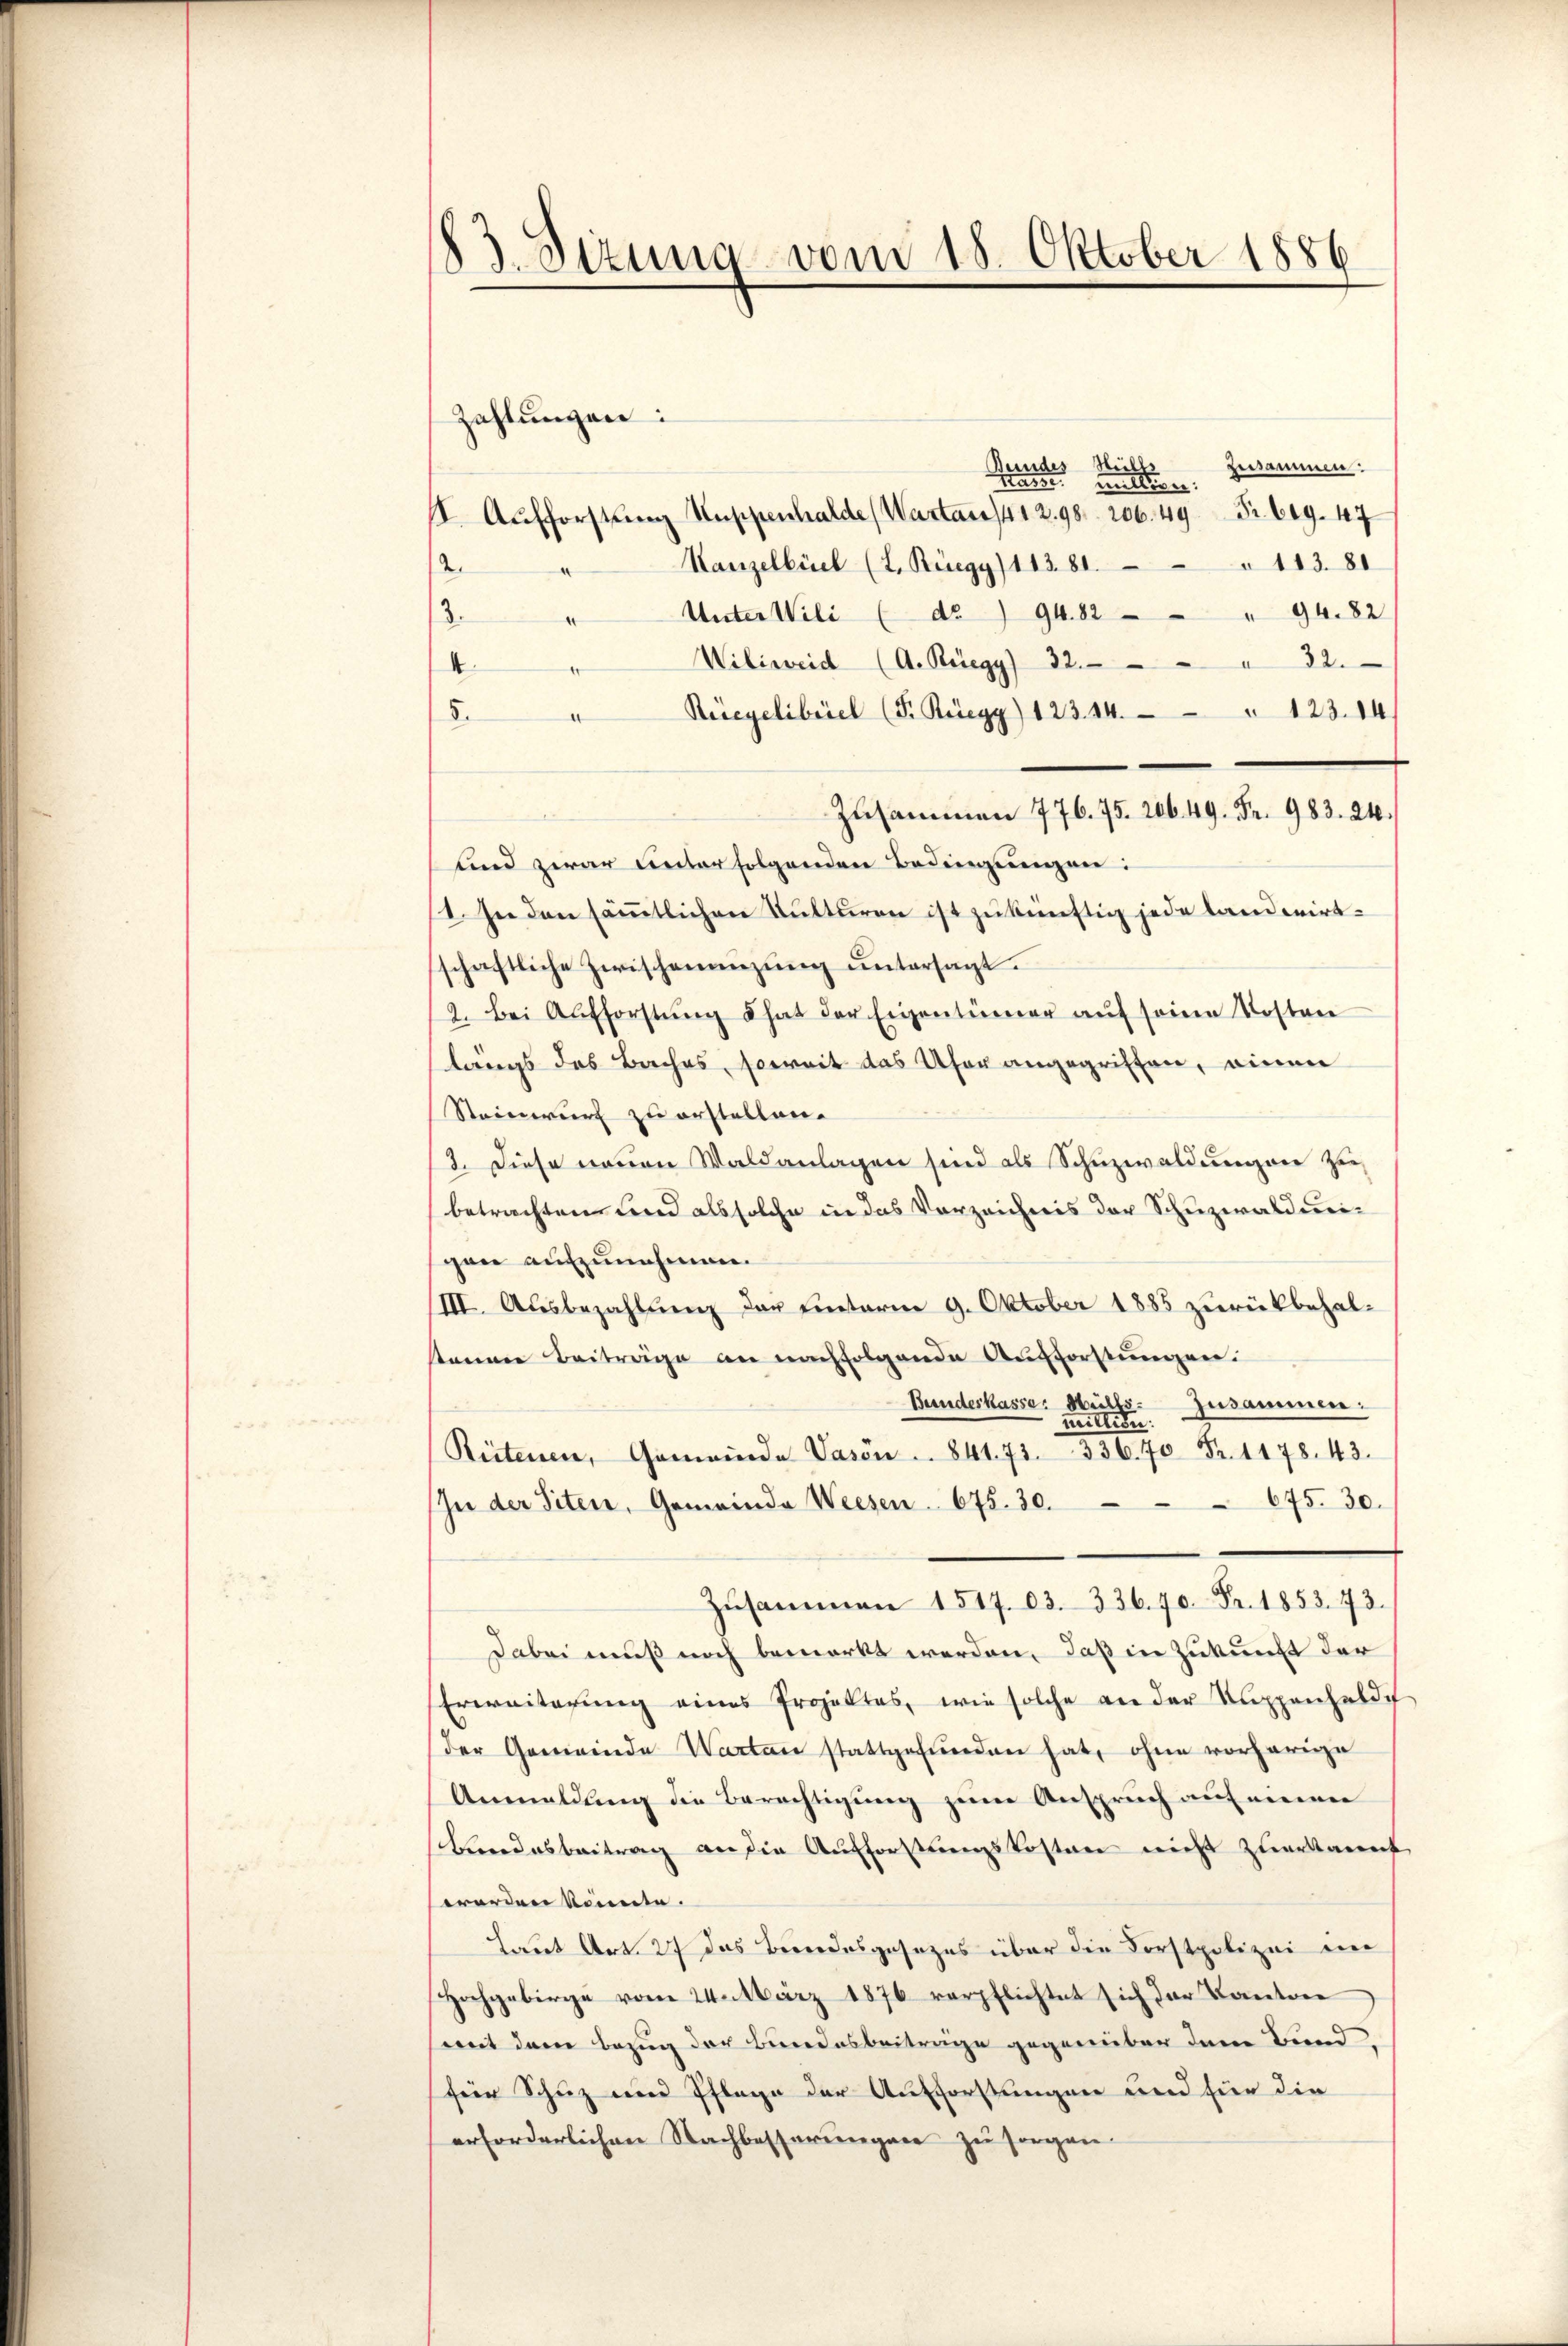
83. Sizung vom 18. Oktober 1886

Zahlungen:
bersammen:
Bundes Still
tasse. Milligen:
II. Aufforstung Kuppenhalde (Wartan) 412. 98. 206. 49 Fr. 619. 47
de
Kanzelbüel (L. Rüegy) 113. 81. 113. 81
Unter Wili (do) 94. 82 " 94. 82
3.
Wiliweid (A. Kriegy) 32. 32.
4
Rücgelibel (T. Rüegg) 123. 14. " 123. 14.
8.
Zusammen 776. 75. 206. 49. Fr. 983. 24.
und zwar unter folgenden Bedingungen:
1. In den sämmtlichen Kulturen ist zukünftig jede landwirt-
schaftliche Zwischenenzung untersagt.
9. Bei Aufforstŭng hat der Eigentümer aŭf seine Kosten
längs des Baches, soweit das Ufer angegriffen, einen
Steinwurf zu erstellen.
3. Diese neuen Waldanlagen sind als Schuzwaldungen zu
betrachten und als solche in das Vorzeichnis der Schuzwaldungon aufzunehmen.
/III. Ausbezahlung der unterm 9. Oktober 1885 zurückbehalsanen Beiträge an nachfolgende Aufforstungen.
Bundeskasse: Hülfe. Zusammen:
Retenen, Gemeinde Vasen ... 841. 73. 336. 70 Fr. 1178. 43.
675. 30.
In der Siten, Gemeinde Weesen 675. 30.
Zusammen 1517. 03. 336. 70. Fr. 1853. 473.
Dabei muß noch bemerkt werden, daß in Zukunft der
Erweiterung eines Projektes, wie solche an der Suppenzeldi
der Gemeinde Warten stattgefunden hat, ohne vorherige
Anmeldung die Berechtigung zum Anspruch auf meiner
Bundesbeitrag an die Aufforstungskosten nicht zuerkannt
worden könnte.
Laut Art. 27 das Bundesgesezes über die Forstpolizei im
Hochgebirge vom 24. März 1876 verpflichtet sich der Kanton
(mit dem Bezug der Bundesbeiträge gegenüber dem Bund
für Schuz und Pflage der Aufforstungen und für die
erforderlichen Nachbesserungen zu sorgen.